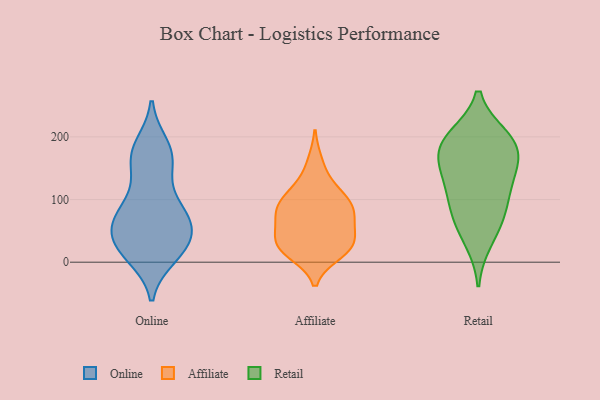
{"axis": {"x": "Gross Profit (USD K)", "y": "Value"}, "legend": ["Affiliate", "Online", "Retail"], "data": [{"x": "", "y": 48, "type": "Online"}, {"x": "", "y": 75, "type": "Online"}, {"x": "", "y": 71, "type": "Online"}, {"x": "", "y": 79, "type": "Online"}, {"x": "", "y": 59, "type": "Online"}, {"x": "", "y": 86, "type": "Online"}, {"x": "", "y": 10, "type": "Online"}, {"x": "", "y": 161, "type": "Online"}, {"x": "", "y": 25, "type": "Online"}, {"x": "", "y": 20, "type": "Online"}, {"x": "", "y": 15, "type": "Online"}, {"x": "", "y": 186, "type": "Online"}, {"x": "", "y": 22, "type": "Online"}, {"x": "", "y": 63, "type": "Online"}, {"x": "", "y": 162, "type": "Online"}, {"x": "", "y": 42, "type": "Online"}, {"x": "", "y": 180, "type": "Online"}, {"x": "", "y": 117, "type": "Online"}, {"x": "", "y": 167, "type": "Online"}, {"x": "", "y": 17, "type": "Affiliate"}, {"x": "", "y": 75, "type": "Affiliate"}, {"x": "", "y": 66, "type": "Affiliate"}, {"x": "", "y": 89, "type": "Affiliate"}, {"x": "", "y": 123, "type": "Affiliate"}, {"x": "", "y": 90, "type": "Affiliate"}, {"x": "", "y": 14, "type": "Affiliate"}, {"x": "", "y": 23, "type": "Affiliate"}, {"x": "", "y": 159, "type": "Affiliate"}, {"x": "", "y": 31, "type": "Affiliate"}, {"x": "", "y": 108, "type": "Affiliate"}, {"x": "", "y": 96, "type": "Affiliate"}, {"x": "", "y": 76, "type": "Affiliate"}, {"x": "", "y": 24, "type": "Affiliate"}, {"x": "", "y": 44, "type": "Affiliate"}, {"x": "", "y": 42, "type": "Affiliate"}, {"x": "", "y": 150, "type": "Retail"}, {"x": "", "y": 108, "type": "Retail"}, {"x": "", "y": 34, "type": "Retail"}, {"x": "", "y": 194, "type": "Retail"}, {"x": "", "y": 195, "type": "Retail"}, {"x": "", "y": 144, "type": "Retail"}, {"x": "", "y": 108, "type": "Retail"}, {"x": "", "y": 69, "type": "Retail"}, {"x": "", "y": 200, "type": "Retail"}, {"x": "", "y": 183, "type": "Retail"}, {"x": "", "y": 162, "type": "Retail"}, {"x": "", "y": 72, "type": "Retail"}]}